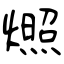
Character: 燳